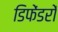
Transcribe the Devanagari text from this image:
डिफेंडरों